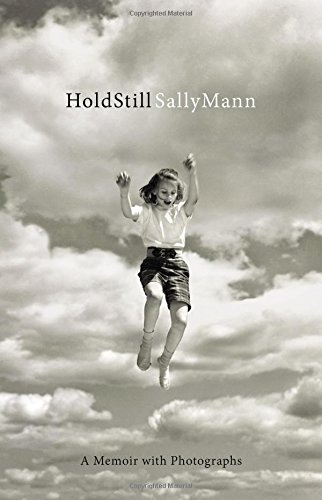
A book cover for Hold Still: A Memoir with Photographs; Sally Mann; Arts & Photography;